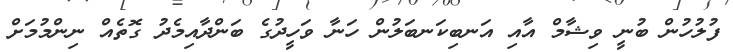
ފުލުހުން ބުނީ ވިޝާމް އާއި އަނބިކަނބަލުން ހަނާ ވަހީދުގެ ބަންދާއިމެދު ގޮތެއް ނިންމުމަށް